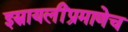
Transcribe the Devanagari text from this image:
इस्रायलींप्रमाणेच